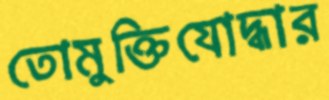
তোমুক্তিযোদ্ধার